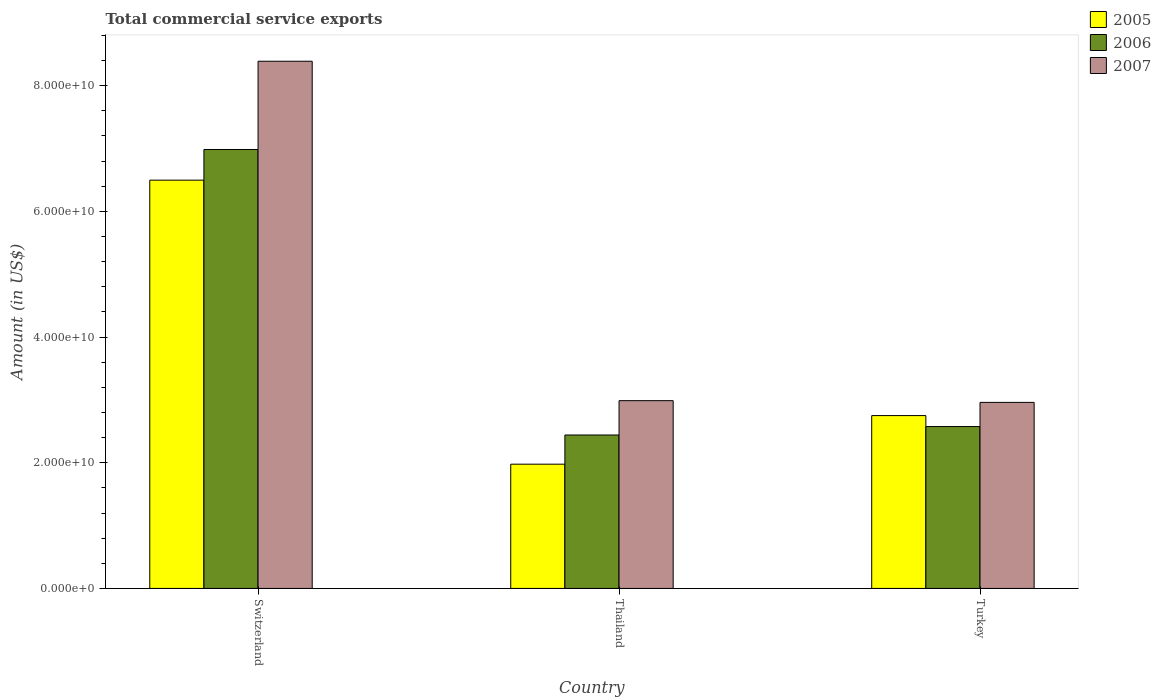
| Country | 2005 | 2006 | 2007 |
 | --- | --- | --- | --- |
 | Switzerland | 6.5e+10 | 6.98e+10 | 8.39e+10 |
 | Thailand | 1.98e+10 | 2.44e+10 | 2.99e+10 |
 | Turkey | 2.75e+10 | 2.58e+10 | 2.96e+10 |